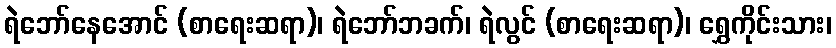
ရဲဘော်နေအောင် (စာရေးဆရာ)၊ ရဲဘော်ဘခက်၊ ရဲလွင် (စာရေးဆရာ)၊ ရွှေကိုင်းသား၊